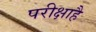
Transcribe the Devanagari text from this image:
परीक्षाहै